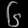
Digit: ၆